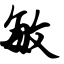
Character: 敏